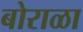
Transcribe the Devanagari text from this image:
बोराळा